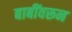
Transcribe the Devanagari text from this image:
बाबींवरून